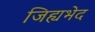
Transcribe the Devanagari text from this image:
जिह्यभेद